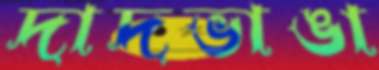
দাদভাঙা